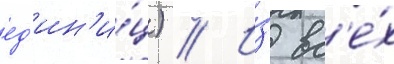
ед'ин'и́ц) // И́з вс'е́х